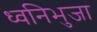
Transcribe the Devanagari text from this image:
ध्वनिभुजा